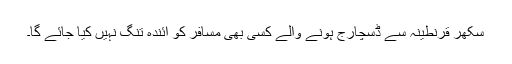
سکھر قرنطینہ سے ڈسچارج ہونے والے کسی بھی مسافر کو آئندہ تنگ نہیں کیا جائے گا۔